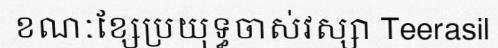
ខណៈខ្សែប្រយុទ្ធចាស់វស្សា Teerasil